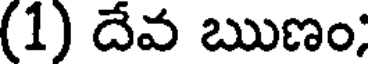
(1) దేవ ఋణం;